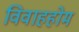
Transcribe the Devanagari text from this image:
विवाहहोम